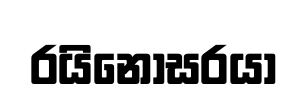
රයිනෝසරයා